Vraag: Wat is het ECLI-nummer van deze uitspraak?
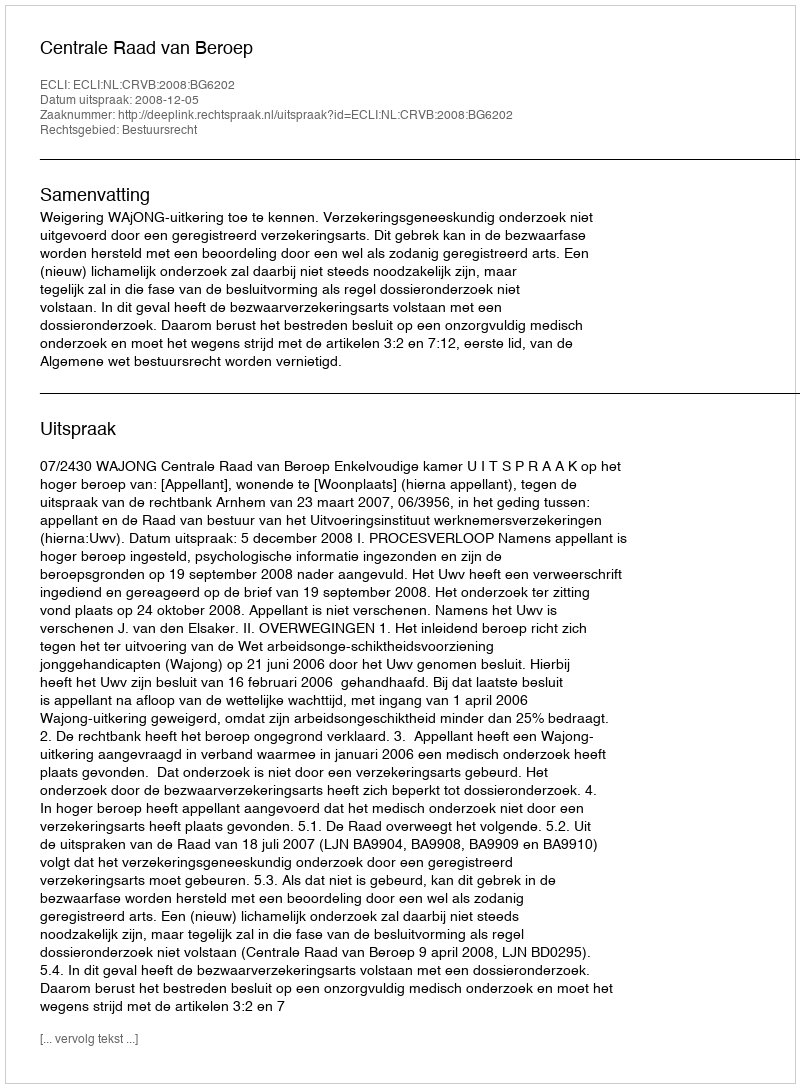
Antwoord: ECLI:NL:CRVB:2008:BG6202